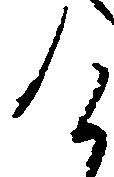
け